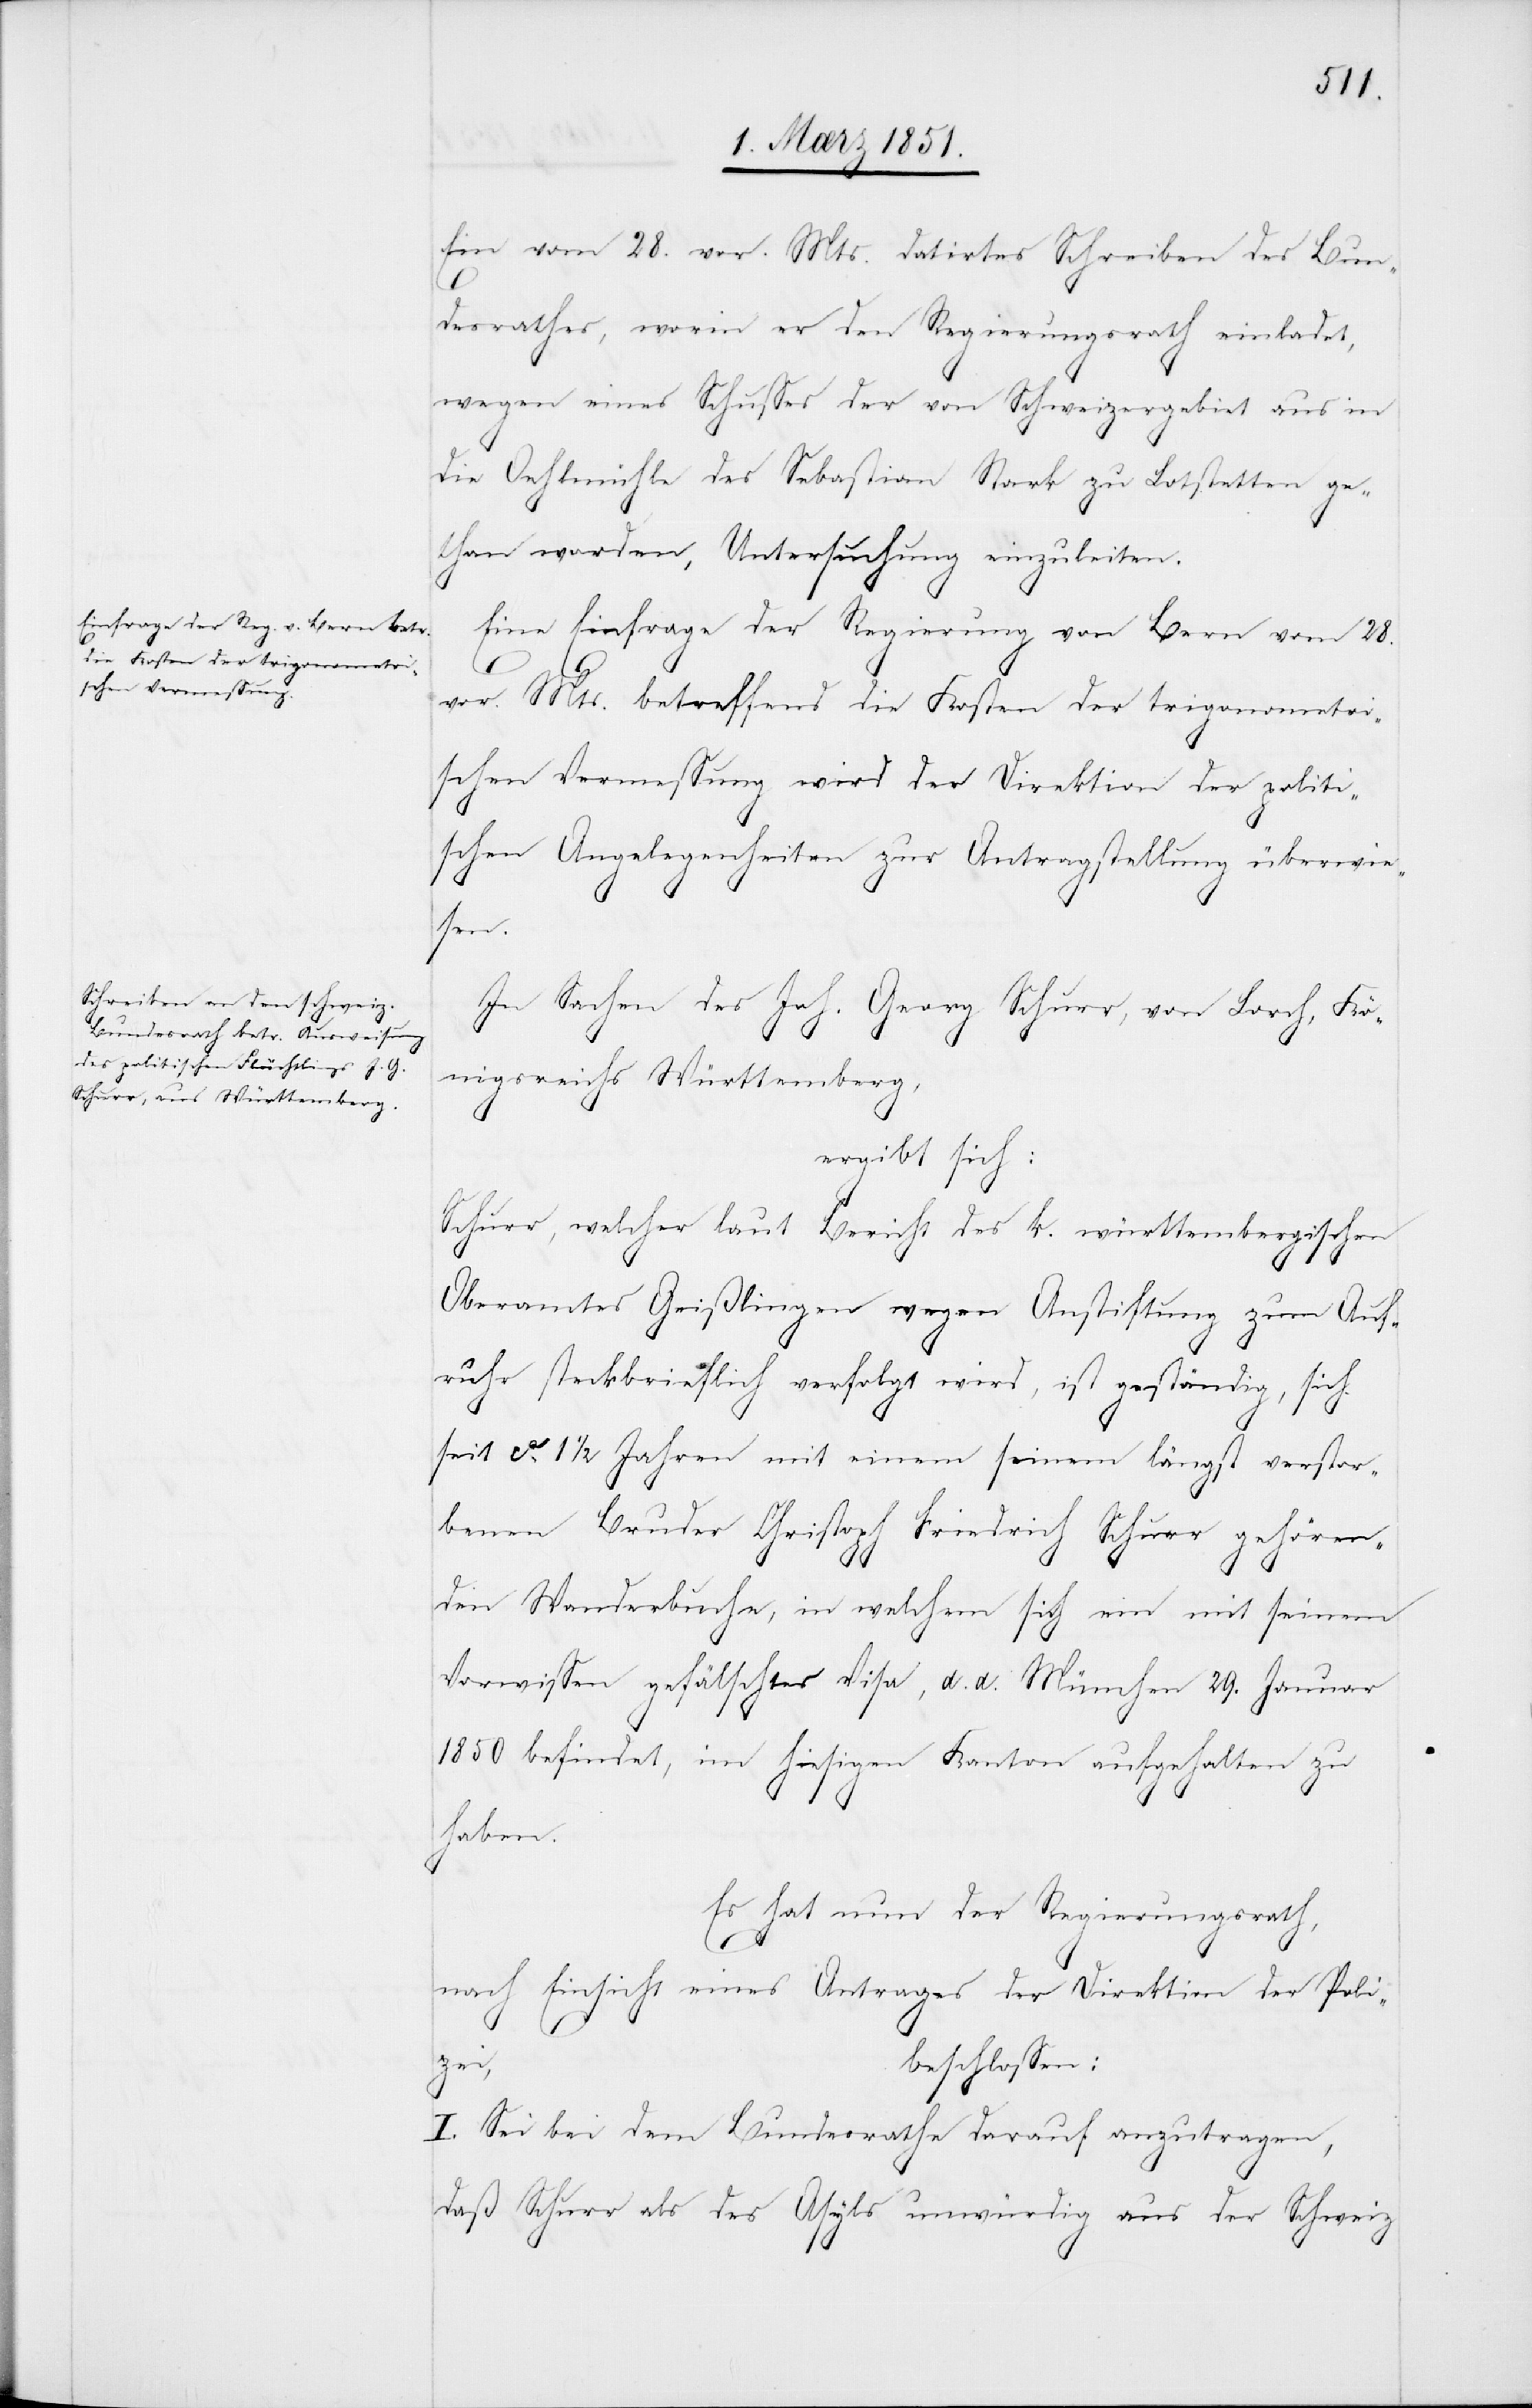
Ein vom 28. vor. Mts. datirtes Schreiben des Bun¬
desrathes, worin er den Regierungsrath einladet,
wegen eines Schusses der von Schweizergebiet aus in
die Oehlmühle des Sebastian Stark zu Lotstetten ge¬
than worden, Untersuchung einzuleiten.
Eine Einfrage der Regierung von Bern vom 28.
vor. Mts. betreffend die Kosten der trigonometri¬
schen Vermessung wird der Direktion der politi¬
schen Angelegenheiten zur Antragstellung überwie¬
sen.
In Sachen des Joh. Georg Schurr, von Lorch, Kö¬
nigsreichs Württemberg,
ergibt sich:
Schurr, welcher laut Bericht des k. württembergischen
Oberamtes Geißlingen wegen Anstiftung zum Auf¬
ruhr steckbrieflich verfolgt wird, ist geständig, sich
seit ca. 1 1/2 Jahren mit einem seinem längst verstor¬
benen Bruder Christoph Friedrich Schurr gehören¬
den Wanderbuche, in welchem sich ein mit seinem
Vorwissen gefälschtes Visa, d. d. München 29. Januar
1850 befindet, im hiesigen Kanton aufgehalten zu
haben.
Es hat nun der Regierungsrath,
den 3.
nach Einsicht eines Antrages der Direktion der Poli¬
zei,
beschlossen:
I. Sei bei dem Bundesrathe darauf anzutragen,
daß Schurr als des Asyls unwürdig aus der Schweiz